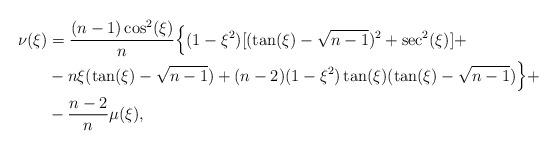
LaTeX: \begin{align*} \begin{aligned} \nu(\xi)&=\frac{(n-1)\cos^2(\xi)}{n}\Big\{(1-\xi^2)[(\tan(\xi)-\sqrt{n-1})^2+\sec^2(\xi)]+\\ &-n\xi(\tan(\xi)-\sqrt{n-1})+(n-2)(1-\xi^2)\tan(\xi)(\tan(\xi)-\sqrt{n-1})\Big\}+\\ &-\frac{n-2}{n}\mu(\xi), \end{aligned} \end{align*}